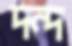
দন্দ